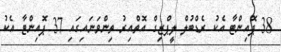
38 ޕޮއިންޓާ އެކު ރެޑްބުލް ލީޕްޒިގް އޮތްއިރު ތިންވަނައިގައި 37 ޕޮއިންޓާ އެކު